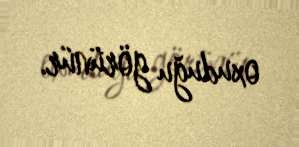
oxuduğu görünür.